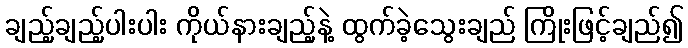
ချည့်ချည့်ပါးပါး ကိုယ်နားချည့်နဲ့ ထွက်ခဲ့သွေးချည် ကြိုးဖြင့်ချည်၍